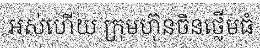
អស់ហើយ ក្រុមហ៊ុនចិនថ្លើមធំ